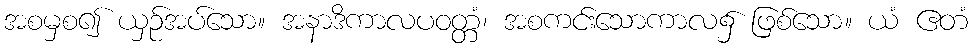
အစမှစ၍ ယှဉ်အပ်သော။ အနာဒိကာလပဝတ္တံ၊ အစကင်းသောကာလ၌ ဖြစ်သော။ ယံ ဧတံ